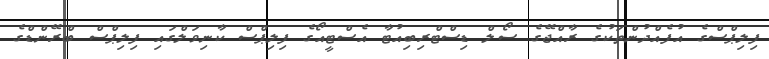
ފިލިޕްސްގެ އުފެއްދުންތަކުގެ ރާއްޖޭގެ ސޯލް ޑިސްޓްރިބިއުޓާ އެސްޓީއޯގެ ފިލިޕްސް ކާނިވަލްގައި ފިލިޕްސް ބްރޭންޑްގެ